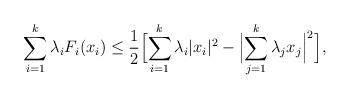
LaTeX: \begin{align*} \sum_{i=1}^k \lambda_i F_i(x_i) \le \frac{1}{2} \Bigl[ \sum_{i=1}^k \lambda_i |x_i|^2 - \Bigl|\sum_{j=1}^k \lambda_j x_j \Bigr|^2 \Bigr],\end{align*}